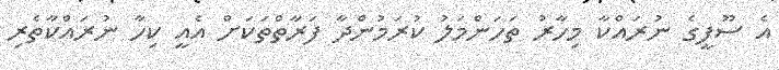
އެ ސޫފީގެ ނުރައްކާ މިހާރު ތަހަންމަލު ކުރަމުންދާ ފަރާތްތަކަށް އެއީ ކިހާ ނުރައްކާތެރިި